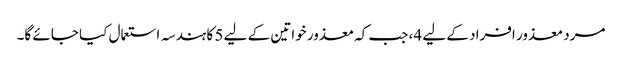
مرد معذور افراد کے لیے 4، جب کہ معذور خواتین کے لیے 5 کا ہندسہ استعمال کیا جائے گا۔